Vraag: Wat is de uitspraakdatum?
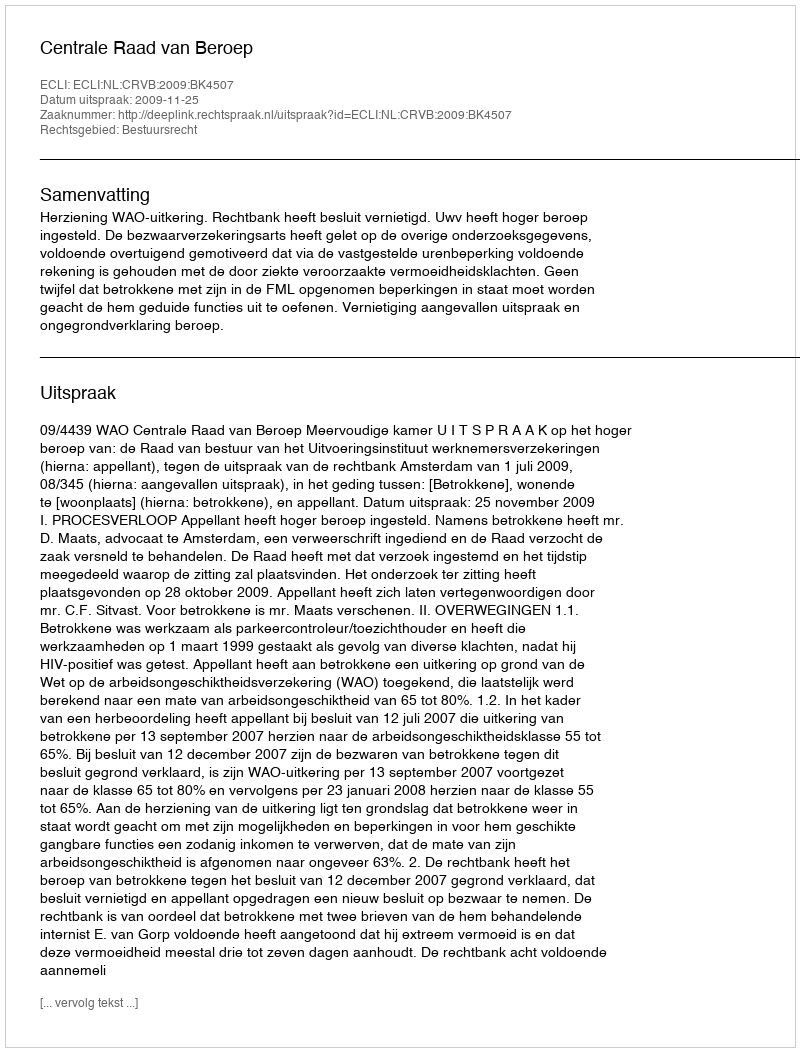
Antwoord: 2009-11-25